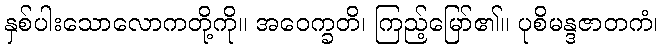
နှစ်ပါးသောလောကတို့ကို။ အဝေက္ခတိ၊ ကြည့်မြော်၏။ ပုစိမန္ဒဇာတကံ၊